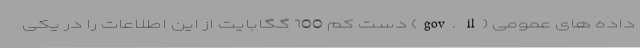
داده های عمومی (gov. il) دست کم 100 گگابایت از این اطلاعات را در یکی